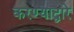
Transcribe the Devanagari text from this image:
करण्याद्वारे